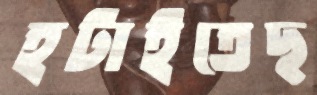
হটাইতেছ